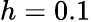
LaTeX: h=0.1